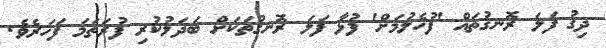
ދިގު ފަލަ ރޮނގުތައް 'ފުހެލުމަށް' ފުޅާ ފަލަ ރޮނގުތަކަށް ބަދަލުކުރި ފުރަތަމަ ފަހަރެވެ.